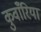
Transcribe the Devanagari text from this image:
कुवाँरिया